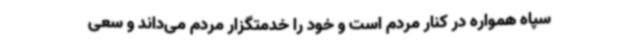
سپاه همواره در کنار مردم است و خود را خدمتگزار مردم می‌داند و سعی